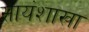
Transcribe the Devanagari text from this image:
सायंशाखा